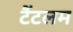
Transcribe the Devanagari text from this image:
टैंटलम